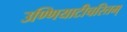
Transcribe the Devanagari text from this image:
उण्णियाटीचरितम्